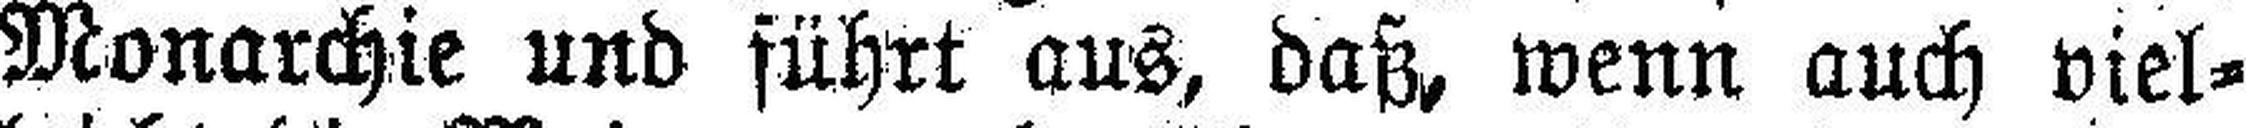
Monarchie und führt aus, daß, wenn auch viel¬